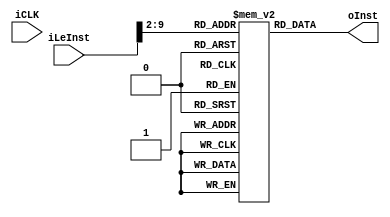
module MemInst(
	input wire iCLK,
	input [31:0] iLeInst,
	output [31:0] oInst
);

reg [31:0] BI[0:255];

integer i;

initial 
begin
	for(i = 0; i <= 255; i = i + 1)
		BI[i] = 32'b0;

	BI[0] = 32'h00052283;	// lw t0, 0(a0)        
	BI[1] = 32'h0045a303;	// lw t1, 4(a1)            # t1 = 6; a1 vai ser carregado com endr de memoria. 
	BI[2] = 32'h006303b3;	// add t2, t1, t1        # t2 = 6 + 6   = 12
	BI[3] = 32'h40538e33;	// sub t3, t2, t0        # t3 = 12 - 1  = 11
	BI[4] = 32'h0062feb3;	// and    t4, t0, t1        # t4 = 1 AND 6 = 0b0000
	BI[5] = 32'h0062ef33;	// or    t5, t0, t1        # t5 = 1 OR 6  = 0b0111
	BI[6] = 32'h0062afb3; 	// slt t6, t0, t1        # t6 = 1 < 6 ? = 1
	BI[7] = 32'h01c000ef;	// jal ra, A_LABEL        
// EQUALS:
	BI[8] = 32'h00628063;	//  beq t0, t1, EQUALS     # t0 deve ser diferente de t1
	BI[9] = 32'h01c5a023;	// sw t3, 0(a1)                 # data_1[0] = 0b0111 = 11
	BI[10] = 32'h01d5a223;	// sw t4, 4(a1)                 # data_1[1] = 0b0111 = 0
	BI[11] = 32'h01e5a423;	// sw t5, 8(a1)                 # data_1[2] = 0b0111 = 7
	BI[12] = 32'h01f5a623;	// sw t6, 12(a1)                 # data_1[3] = 0b0111 = 1
	BI[13] = 32'h008000ef;	// jal ra, EXIT
// A_LABEL:	
	BI[14] = 32'hfe5284e3;	// beq t0, t0, EQUALS
// EXIT:
	BI[15] = 32'h00000533;	// add a0, zero, zero
	BI[16] = 32'h000005b3;	// add a1, zero, zero    
end

assign oInst = BI[iLeInst>>2];

endmodule